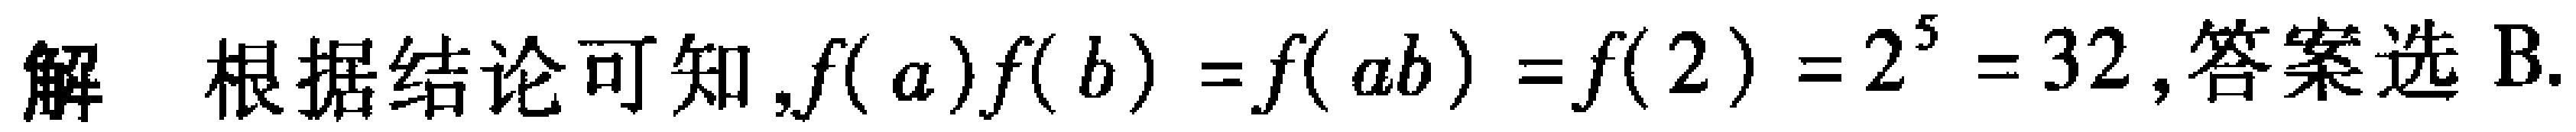
解 根据结论可知,$f( a)f( b)=f( ab)=f( 2)=2^{5}=32$,答案选B.